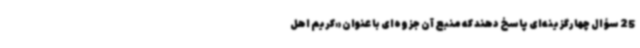
25 سؤال چهارگزینه‌ای پاسخ دهند که منبع آن جزوه‌ای با عنوان «کریم اهل